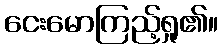
ငေးမောကြည့်ရှု၏။